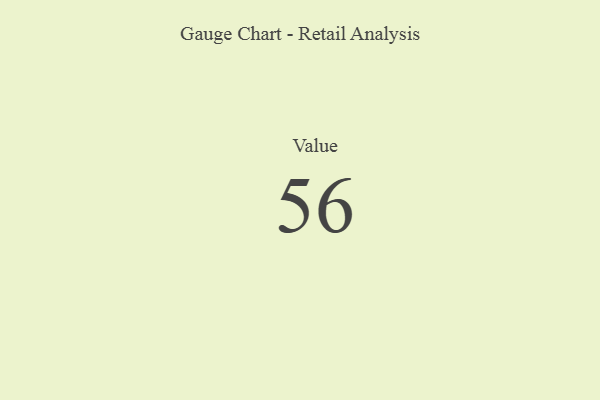
{"axis": {"x": "Metric", "y": "Value"}, "legend": [""], "data": [{"x": "Value", "y": 56, "type": ""}]}